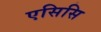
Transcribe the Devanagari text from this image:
एसिसि